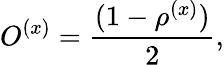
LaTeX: O^{(x)}={\frac{(1-\rho^{(x)})}{2}},